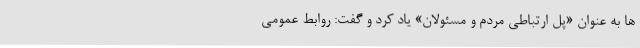
ها به عنوان «پل ارتباطی مردم و مسئولان» یاد کرد و گفت: روابط عمومی